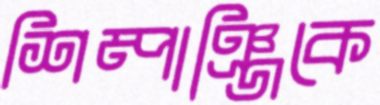
শিম্পাঞ্জিকে